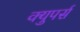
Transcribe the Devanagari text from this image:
क्युपर्स